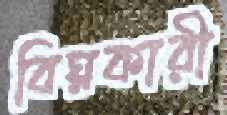
বিঘ্নকারী